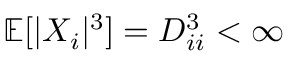
\mathbb { E } [ | X _ { i } | ^ { 3 } ] = D _ { i i } ^ { 3 } < \infty